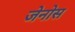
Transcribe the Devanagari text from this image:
जेनोस